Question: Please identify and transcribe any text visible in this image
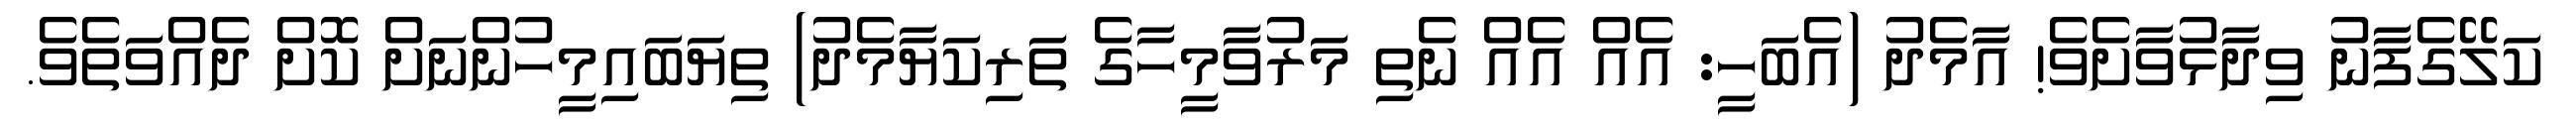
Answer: ކަލޭގެފާނު ވިދާޅުވާށެވެ! އާމެދު (އެބަހީ: އެއް އެއް ނެތި މަރުވާމީހާގެ ތަރިކަޔާމެދު) ތިޔަބައިމީހުންނަށް ކޮށް ދެއްވަތެވެ.